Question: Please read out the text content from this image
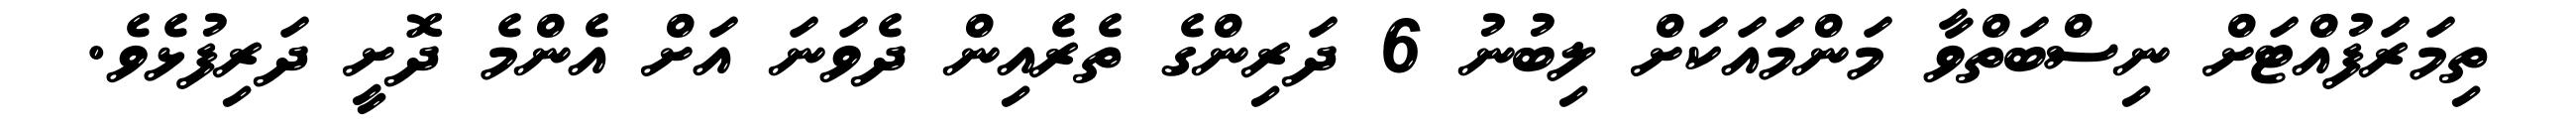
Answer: ތިމަރަފުއްޓަށް ނިސްބަތްވާ މަންމައަކަށް ލިބުނު 6 ދަރިންގެ ތެރެއިން ދެވަނަ އަށް އެންމެ ދޮށީ ދަރިފުޅެވެ.